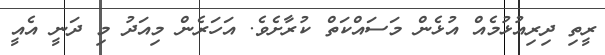
ރީތި ދިރިއުޅުމެއް އުޅެން މަސައްކަތް ކުރާށެވެ. އަހަރެން މިއަދު މި ދަނީ އެއީ